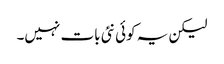
لیکن یہ کوئی نئی بات نہیں۔